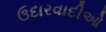
ઉદારવાદીઓ